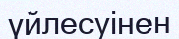
үйлесуінен